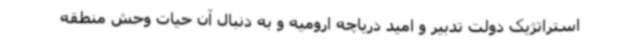
استراتژیک دولت تدبیر و امید دریاچه ارومیه و به دنبال آن حیات وحش منطقه